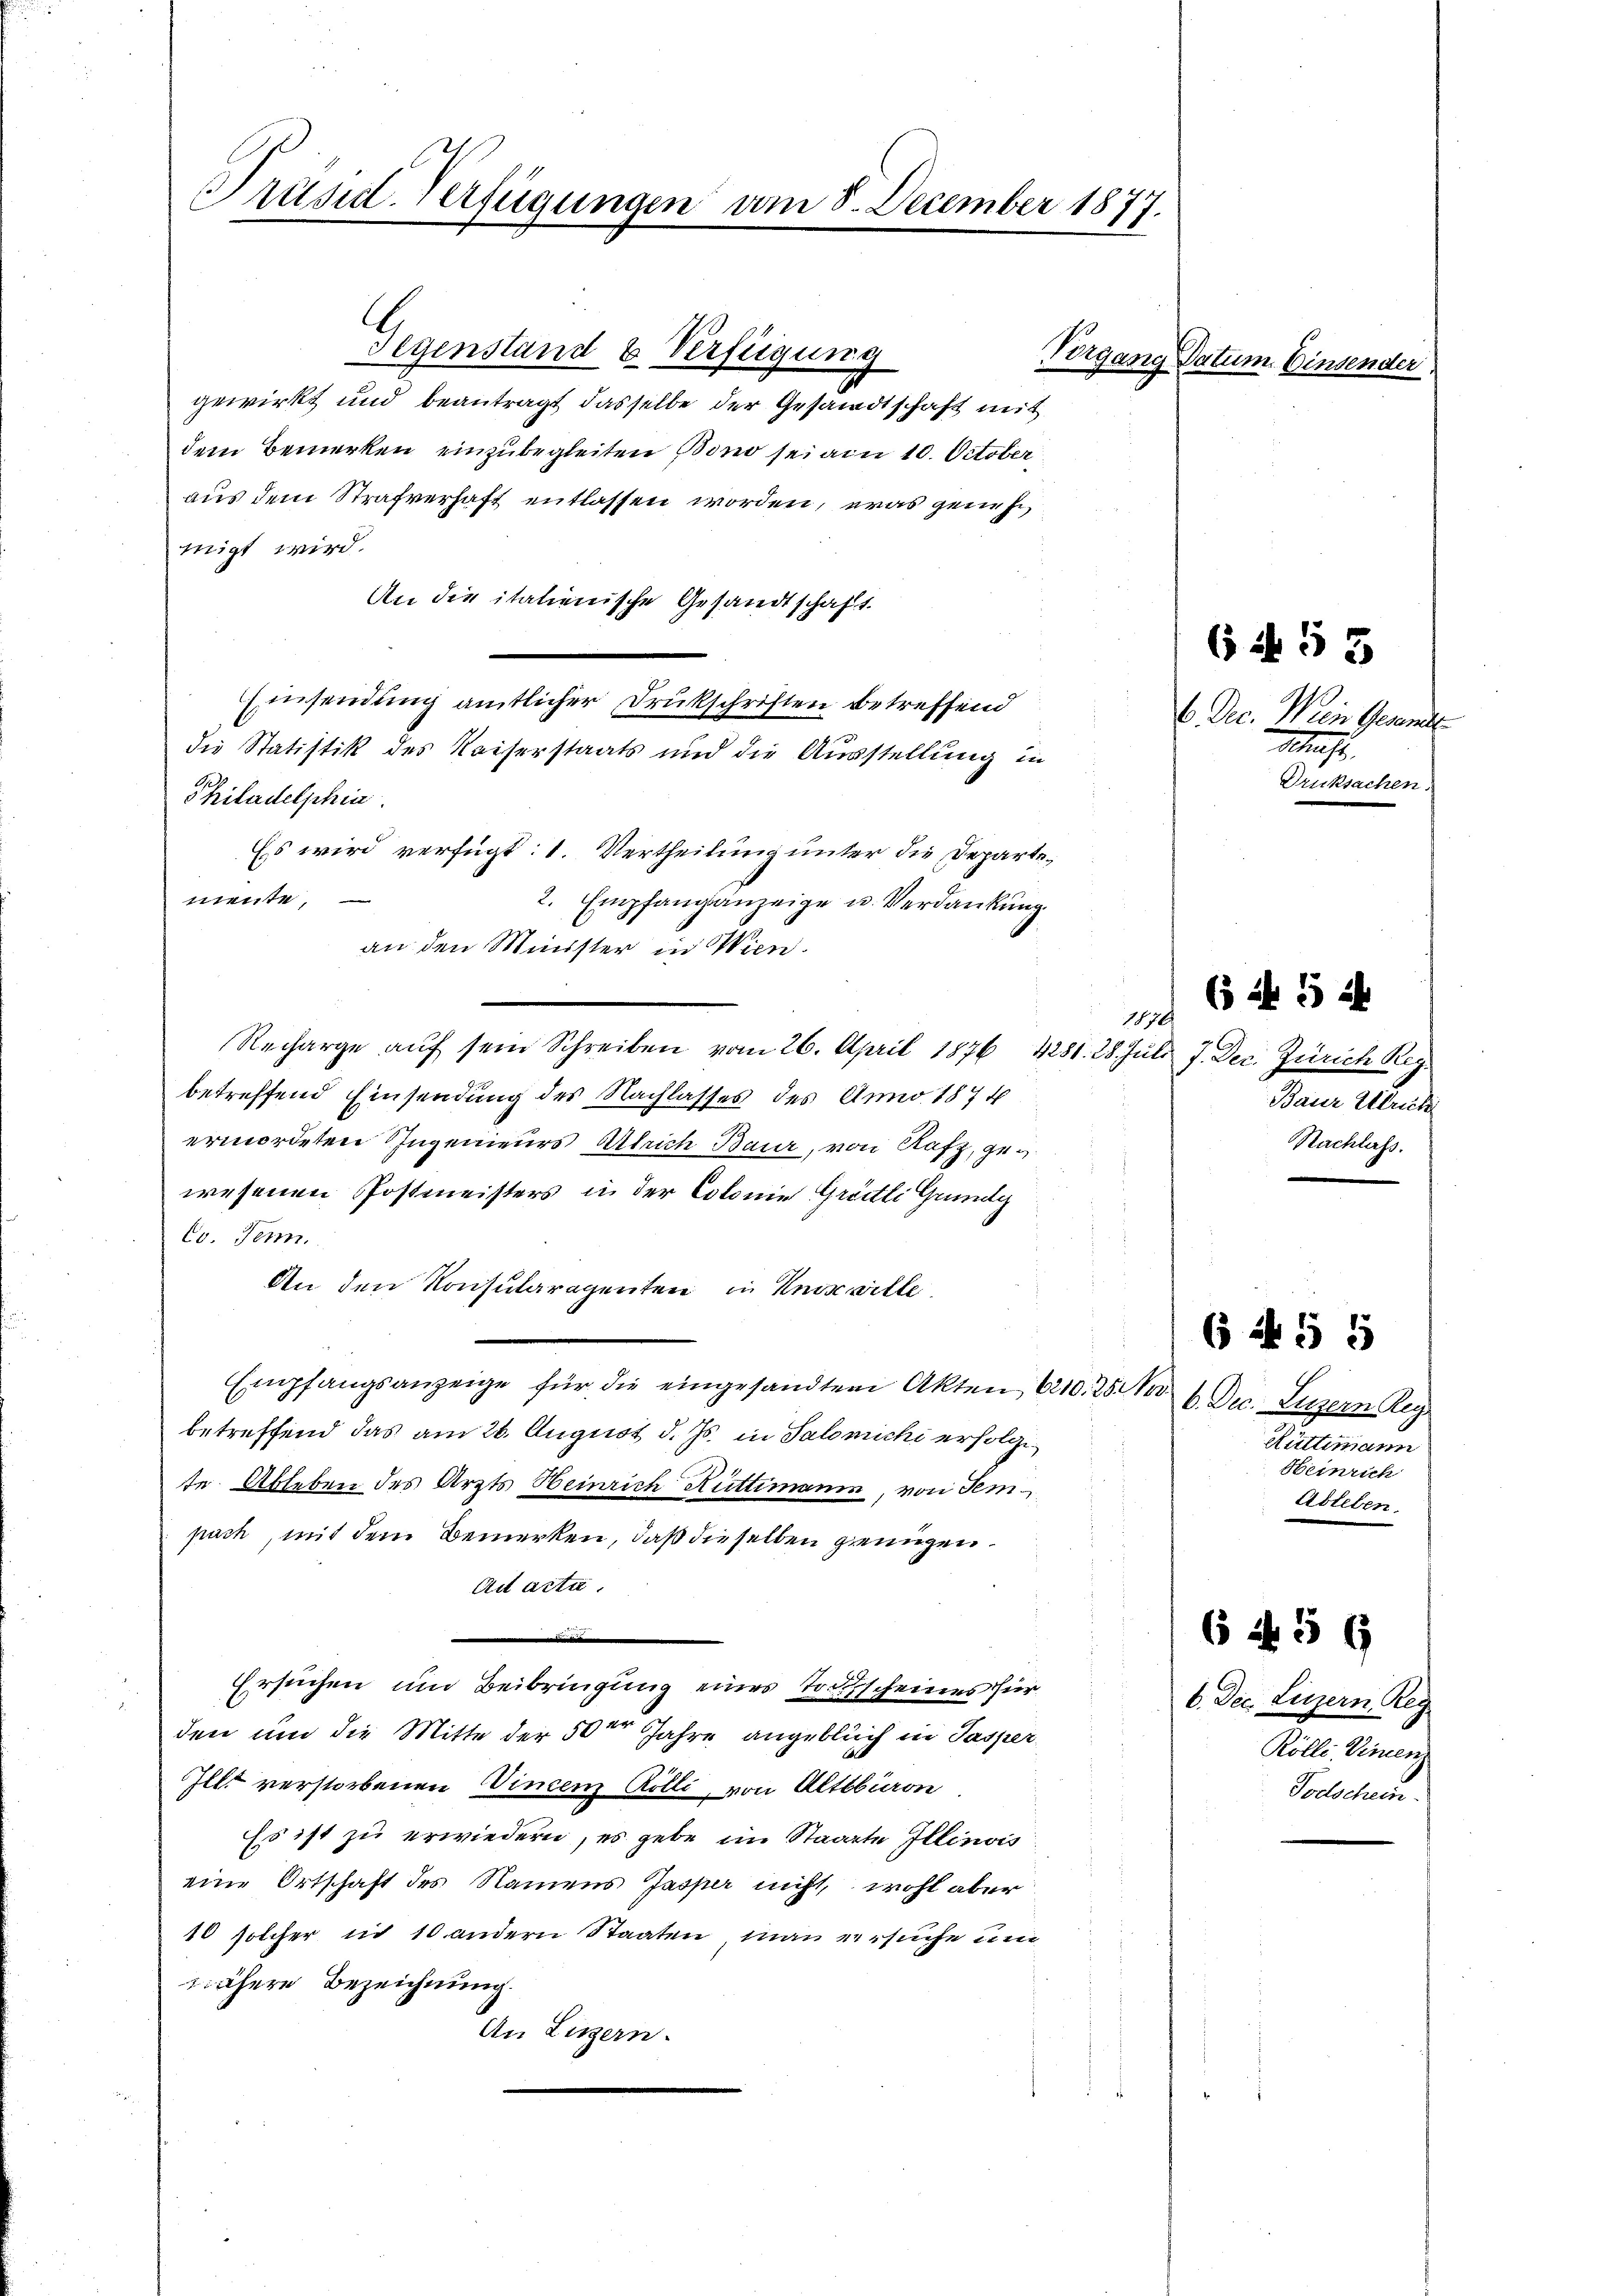
Präsid-Verfügungen am 8. December 1877.

Gegenstand & Verfügung
gewirkt und beantragt dasselbe der Gesandtschaft mit
dem Bemerken einzubegleiten Bono sei am 10. October
aus dem Strafverhaft entlassen worden, eras genehm
migt wird.
An die italienische Gesandtschaft.
Einsendung amtlicher Drukschriften betreffend
die Statistik des Kaiserstaats und die Ausstellung in
Philadelphin
Es wird verfügt: 1. Vertheilung unter die Departemente,
2. Empfang anzeige u. Verdankung
an den Minister in Wien.
Recharge aŭf sein Schreiben vom 26. April 1876 4281. 28. Jŭli J. Dec. Zürich Reg
betreffend Einsendung des Nachlasses des Anno 1874
ermordeten Ingenieurs Ulrich Baur, von Rafz, gewesenen Postmeisters in der Colonie Grütli Grundg
Co. Jenn
An den Konsularagenten in Unwille
Empfangsanzeige für die eingesandten Akten 6210. 25 No 6. Dec. Luzern Reg
betreffend das am 26. August d. Js. in Salomichi erfolge
te. Ableben des Arzts Heinrich Ruttimann, von Tempach, mit dem Bemerken, daß dieselben genügen.
Ad acta.
Ersuchen und Beibringung eines Todtscheines für
den und die Mitte der 50ten Jahre angeblich in Pasper
Illt verstorbenen Vincenz Rölli, von Altbbiron
Es ist zu erwiedern, es gebe im Staatte Illinois
eine Ortschaft des Namens Jasper nicht, wohl aber
10 solcher in 10 andern Staaten, man versuche un
nähere Bezeichnung.
An Linzern.

Vergan

ig Datum. Einsender

6 N 55

6 Dec. Wien Gesandte
Schause
Druksachen.

1170.
Baur Ulrich
Nachlass.

(5 Nr 15 d

Rüttimann
Heinrich
Ableben.

6 f 55

6 f 5 x

6. Dec. Liezern, Reg
Rölli, Vincen
Todschen.